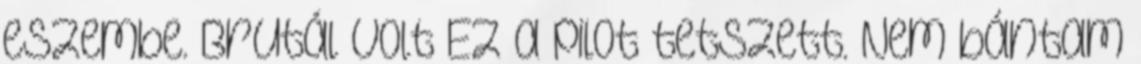
eszembe. Brutál volt Ez a pilot tetszett. Nem bántam